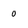
Character: 0